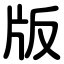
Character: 版